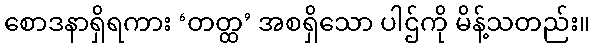
စောဒနာရှိရကား ‘တတ္ထ’ အစရှိသော ပါဌ်ကို မိန့်သတည်း။